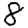
Digit: 8